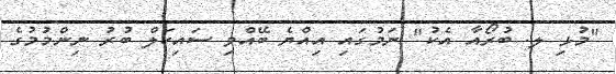
"މުޅި ލ. ބުރޯއާ އެކު" ނަމުގައި އިއްޔެ ބޭއްވި ސައިކަލް ބުރު ނިންމުމުގެ